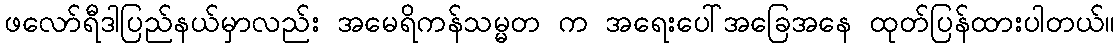
ဖလော်ရီဒါပြည်နယ်မှာလည်း အမေရိကန်သမ္မတ က အရေးပေါ်အခြေအနေ ထုတ်ပြန်ထားပါတယ်။